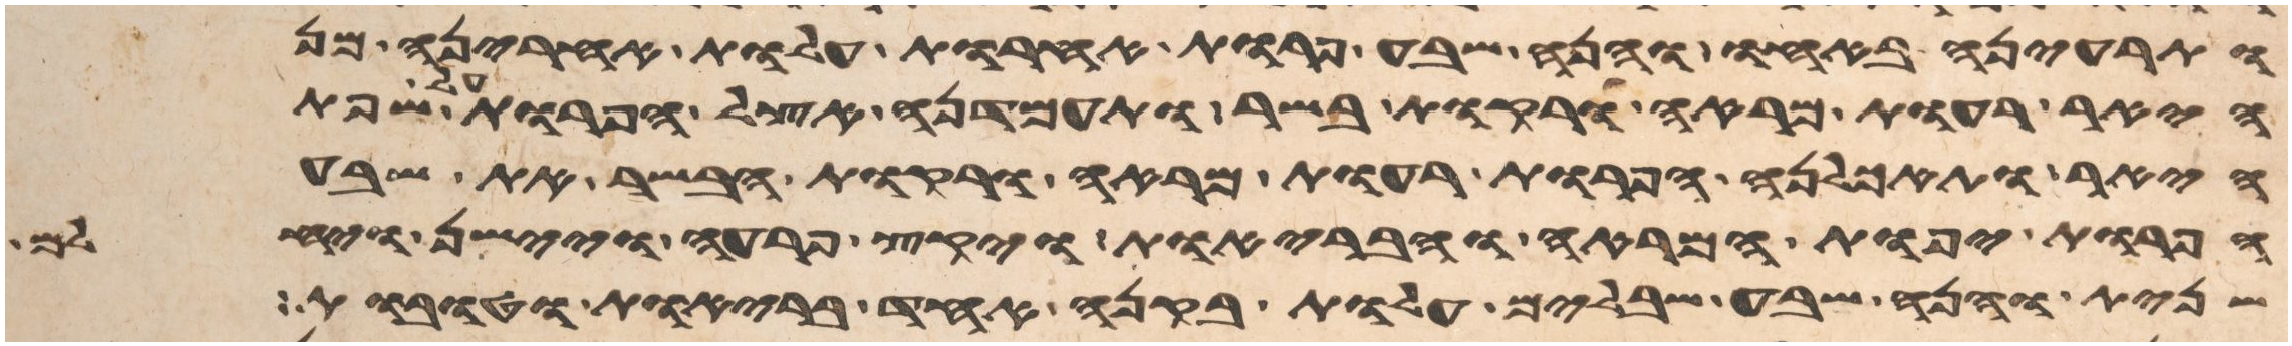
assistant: ותריענה באחו והנה שבע פרות אחרות עלות אחריהן מן
היאר רעות מראה ורקות בשר ותעמדנה אצל הפרות על שפת
היאר ותאכלנה הפרות רעות המראה ורקות הבשר את שבע
הפרות יפות המראה והבריות ויקץ פרעה ויישן ויחלם
שנית והנה שבע שבלים עלות בקנה אחד בריות וטובות